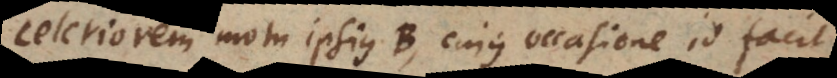
celeriorem motu ipsius B, cujus occasione id facit.